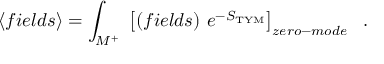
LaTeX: \left< f i e l d s \right> = \int _ { M ^ { + } } \ \left[ ( f i e l d s ) \ e ^ { - S _ { \mathrm { T Y M } } } \right] _ { z e r o - m o d e } \ \ .